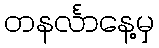
တနင်္လာနေ့မှ